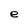
Character: e